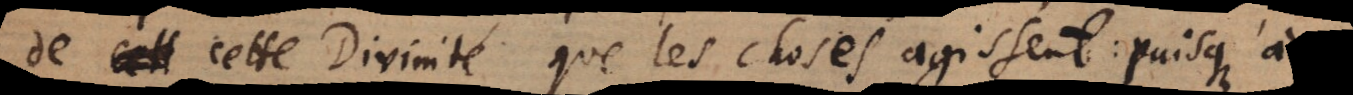
de cette Divinité que les choses agissent, puisqu’à